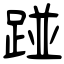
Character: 踫